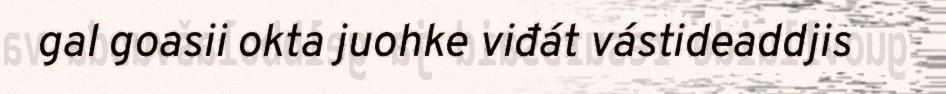
gal goasii okta juohke viđát vástideaddjis